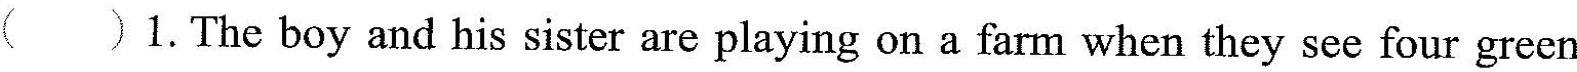
( )1.The boy and his sister are playing on a farm when they see four green